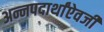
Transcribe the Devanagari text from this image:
अन्नपदार्थांऐवजी